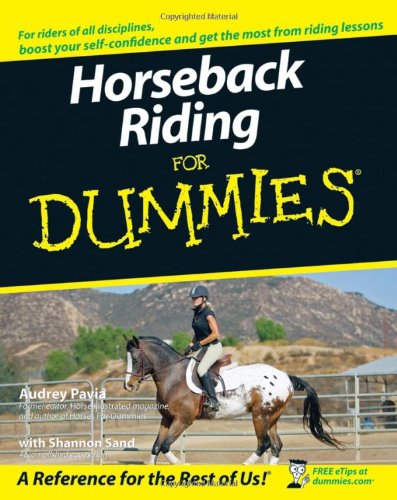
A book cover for Horseback Riding For Dummies; Audrey Pavia; Sports & Outdoors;